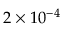
2 \times 1 0 ^ { - 4 }